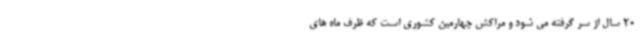
20 سال از سر گرفته می شود و مراکش چهارمین کشوری است که ظرف ماه های